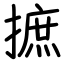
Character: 摭